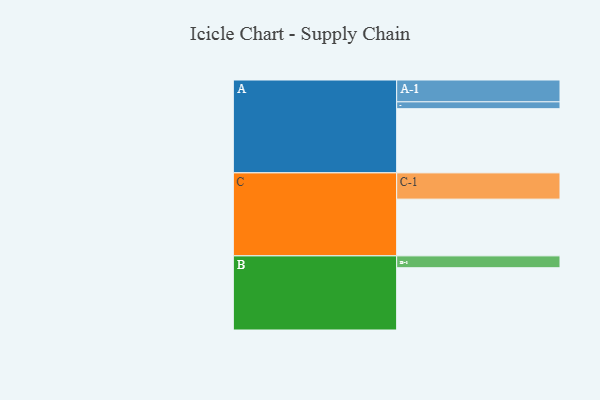
{"axis": {"x": "Segment", "y": "Value"}, "legend": ["", "A", "B", "C"], "data": [{"x": "A", "y": 579, "type": ""}, {"x": "B", "y": 562, "type": ""}, {"x": "C", "y": 512, "type": ""}, {"x": "A-1", "y": 197, "type": "A"}, {"x": "A-2", "y": 62, "type": "A"}, {"x": "B-1", "y": 107, "type": "B"}, {"x": "C-1", "y": 237, "type": "C"}]}